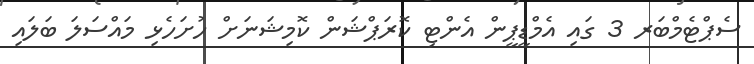
ސެޕްޓެމްބަރ 3 ގައި އެމްޑީޕީން އެންޓި ކޮރަޕްޝަން ކޮމިޝަނަށް ހުށަހެޅި މައްސަލަ ބަލައި